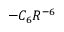
- C _ { 6 } R ^ { - 6 }